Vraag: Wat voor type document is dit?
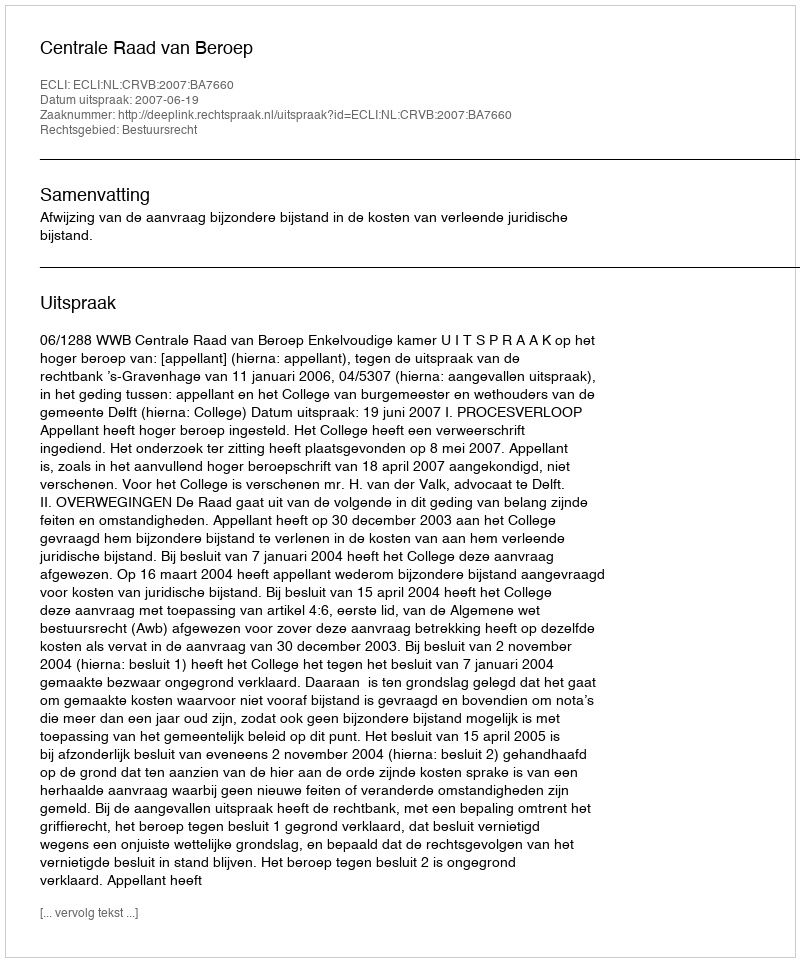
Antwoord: Uitspraak